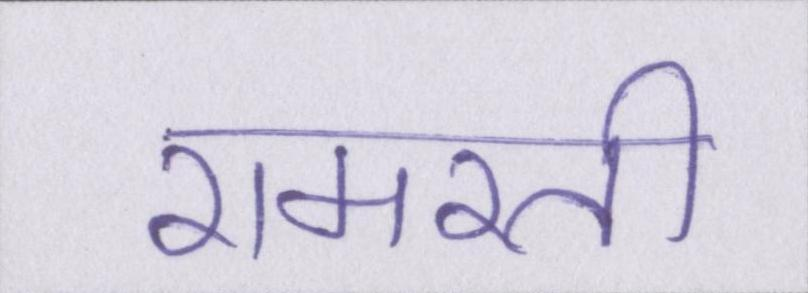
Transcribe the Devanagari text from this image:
रामरती